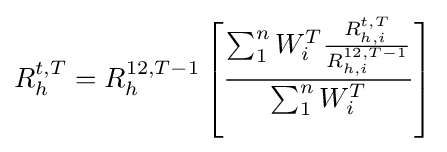
R_{h}^{t,T}=R_{h}^{12,T-1}\left[{\frac {\sum _{1}^{n}W_{i}^{T}{\frac {R_{h,i}^{t,T}}{R_{h,i}^{12,T-1}}}}{\sum _{1}^{n}W_{i}^{T}}}\right]